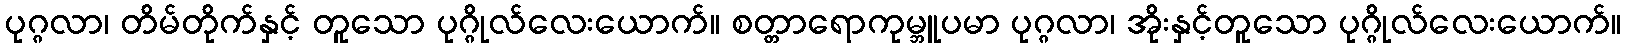
ပုဂ္ဂလာ၊ တိမ်တိုက်နှင့် တူသော ပုဂ္ဂိုလ်လေးယောက်။ စတ္တာရောကုမ္ဘူပမာ ပုဂ္ဂလာ၊ အိုးနှင့်တူသော ပုဂ္ဂိုလ်လေးယောက်။